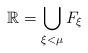
LaTeX: \begin{align*}\mathbb{R} = \bigcup_{\xi < \mu} F_\xi\end{align*}